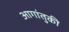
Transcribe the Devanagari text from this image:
आगांतुकी